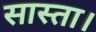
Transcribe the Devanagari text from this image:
सास्ता।